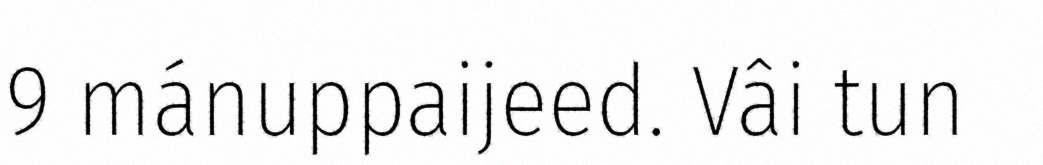
9 mánuppaijeed. Vâi tun